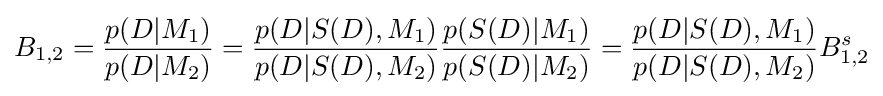
B_{1,2}={\frac {p(D|M_{1})}{p(D|M_{2})}}={\frac {p(D|S(D),M_{1})}{p(D|S(D),M_{2})}}{\frac {p(S(D)|M_{1})}{p(S(D)|M_{2})}}={\frac {p(D|S(D),M_{1})}{p(D|S(D),M_{2})}}B_{1,2}^{s}